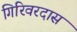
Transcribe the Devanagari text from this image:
गिरिवरदास